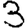
Digit: 3